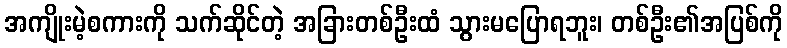
အကျိုးမဲ့စကားကို သက်ဆိုင်တဲ့ အခြားတစ်ဦးထံ သွားမပြောရဘူး၊ တစ်ဦး၏အပြစ်ကို